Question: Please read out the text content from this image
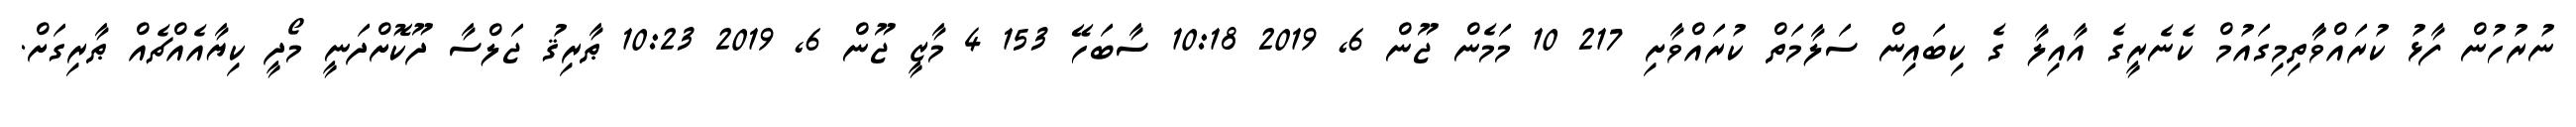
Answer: ނުރުހުން ފާޅު ކުރައްވާާތިމިގައުމް ކެނެރީގެ އާއިލާ ގެ ކިބައިން ސަލާމަތް ކުރައްވާށި 217 10 މަމެން ޖޫން 6, 2019 10:18 ސާބަހޭ 153 4 މާޒީ ޖޫން 6, 2019 10:23 ޠާރިޤު ޖަލްސާ ދޫކޮށްދަނީ މޯދީ ކިޔާއެއްޗެއް ޠާރިގަށް.